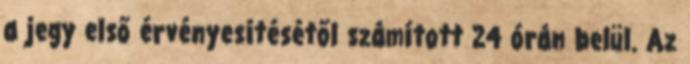
a jegy első érvényesítésétől számított 24 órán belül. Az